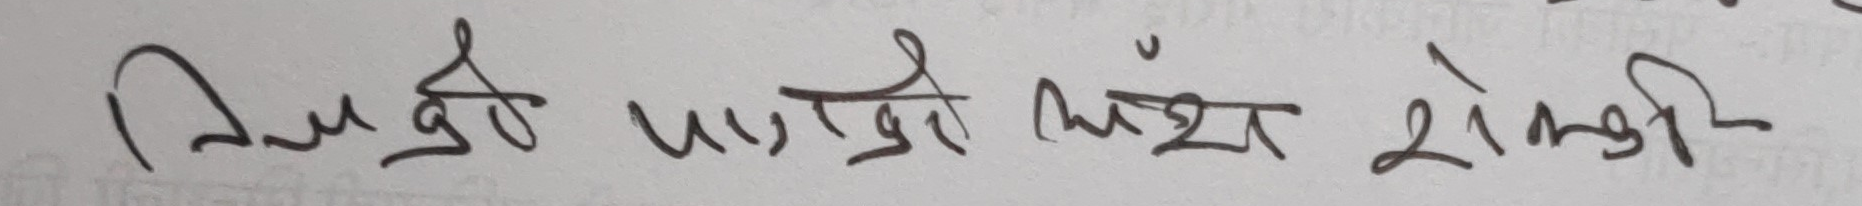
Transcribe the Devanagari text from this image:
निम्री पन्नी मंशा सोभी